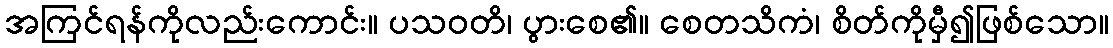
အကြင်ရန်ကိုလည်းကောင်း။ ပသဝတိ၊ ပွားစေ၏။ စေတသိကံ၊ စိတ်ကိုမှီ၍ဖြစ်သော။